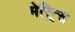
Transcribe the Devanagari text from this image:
मेरिन्र्स